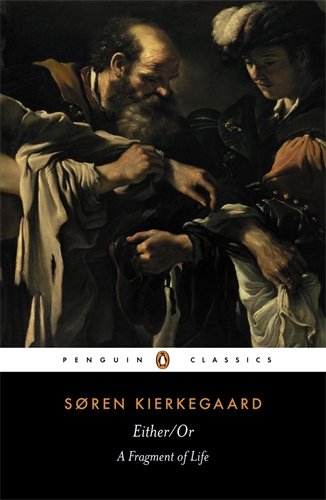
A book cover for Either/Or: A Fragment of Life (Penguin Classics); Soren Kierkegaard; Politics & Social Sciences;